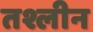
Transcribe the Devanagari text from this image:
तश्लीन